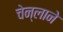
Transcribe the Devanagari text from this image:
चेन्लाने